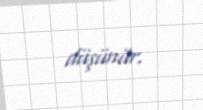
düşünür.